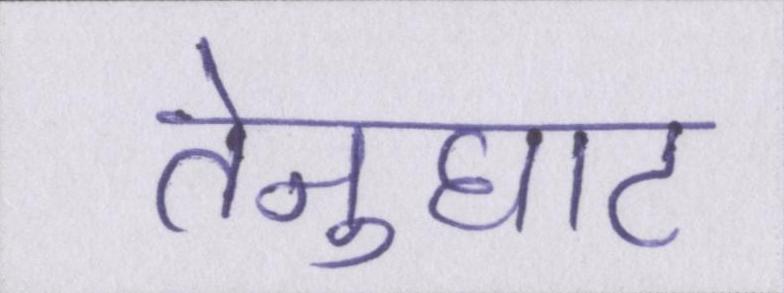
तेनुघाट